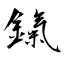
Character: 鎎